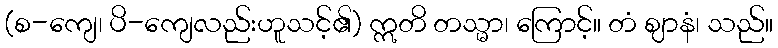
(စ-ကျေ၊ ပိ-ကျေလည်းဟူသင့်၏) ဣတိ တသ္မာ၊ ကြောင့်။ တံ ဈာနံ၊ သည်။